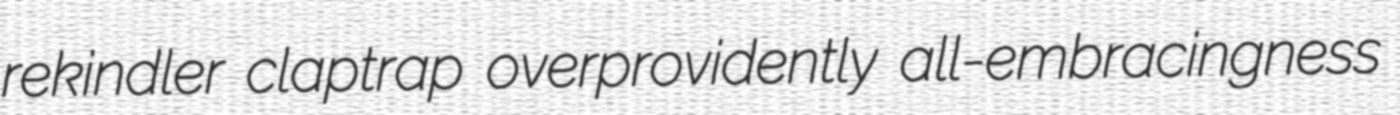
rekindler claptrap overprovidently all-embracingness